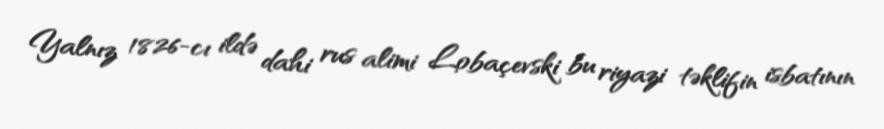
Yalnız 1826-cı ildə dahi rus alimi Lobaçevski bu riyazi təklifin isbatının